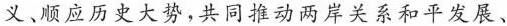
义、顺应历史大势，共同推动两岸关系和平发展、